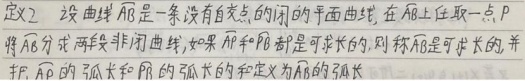
定义 2 设曲线 \(\overset{\frown}{AB}\) 是一条没有自交点的闭的平面曲线，在 \(\overset{\frown}{AB}\) 上任取一点 \(P\)，将 \(\overset{\frown}{AB}\) 分成两段非闭曲线，如果 \(\overset{\frown}{AP}\) 和 \(\overset{\frown}{PB}\) 都是可求长的，则称 \(\overset{\frown}{AB}\) 是可求长的，并且 \(\overset{\frown}{AP}\) 的弧长和 \(\overset{\frown}{PB}\) 的弧长之和定义为 \(\overset{\frown}{AB}\) 的弧长。